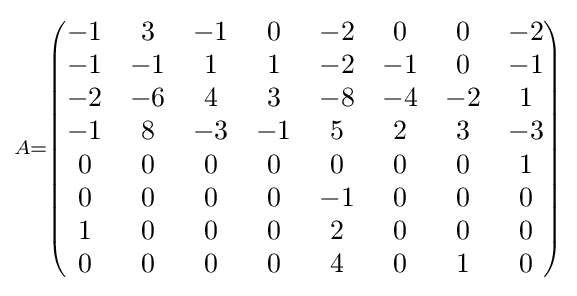
\scriptstyle A={\begin{pmatrix}-1&3&-1&0&-2&0&0&-2\\-1&-1&1&1&-2&-1&0&-1\\-2&-6&4&3&-8&-4&-2&1\\-1&8&-3&-1&5&2&3&-3\\0&0&0&0&0&0&0&1\\0&0&0&0&-1&0&0&0\\1&0&0&0&2&0&0&0\\0&0&0&0&4&0&1&0\end{pmatrix}}